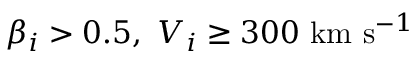
\beta _ { i } > 0 . 5 , ~ V _ { i } \geq 3 0 0 ~ \mathrm { k m } ~ \mathrm { s } ^ { - 1 }